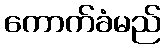
ကောက်ခံမည်